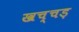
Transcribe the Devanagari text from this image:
खच्चड़